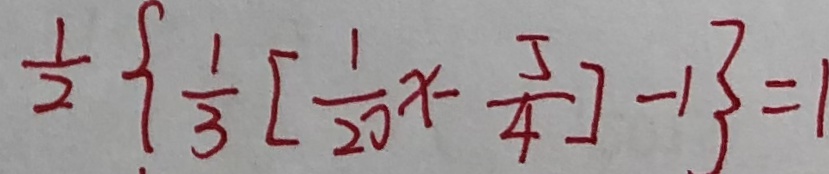
\frac { 1 } { 2 } \{ \frac { 1 } { 3 } [ \frac { 1 } { 2 0 } x - \frac { 5 } { 4 } ] - 1 \} = 1